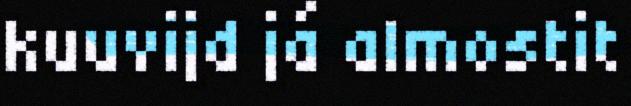
kuuvijd já almostit